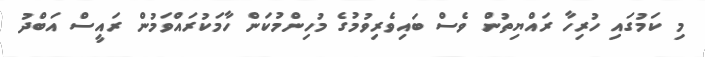
މި ކަމުގައި ހުރިހާ ރައްޔިތުން ވެސް ބައިވެރިވުމުގެ މުހިންމުކަން ހާމަކުރައްވަމުން ރައީސް އަބްދު